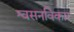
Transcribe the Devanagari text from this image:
श्वसनविकार